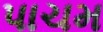
પાચમ